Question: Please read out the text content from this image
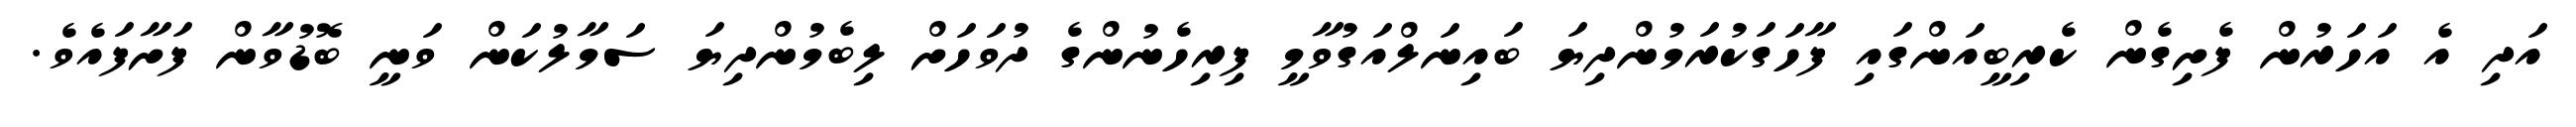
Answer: އަދި އެ އަހަރުން ފެށިގެން ކެރިބީއަންގައި ފާހަގަކުރަމުންދިޔަ ބައިނަލްއަގުވާމީ ފިރިހެނުންގެ ދުވަހަށް ލިބެމުންދިޔަ ސަމާލުކަން ވަނީ ބޮޑުވާން ފަށާފައެވެ.